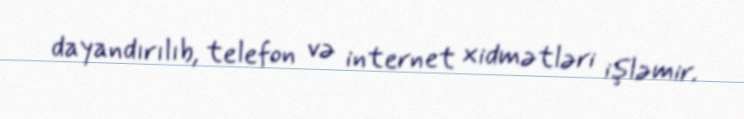
dayandırılıb, telefon və internet xidmətləri işləmir.